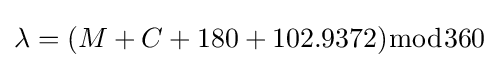
\lambda =(M+C+180+102.9372){\bmod {3}}60